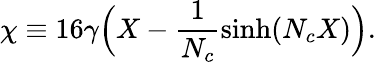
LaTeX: \chi\equiv 16\gamma\Big(X-{\frac{1}{N_{c}}}\mathrm{sinh}(N_{c}X)\Big).